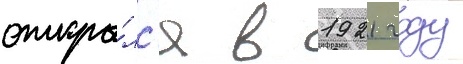
откры́лс'я в 1921 году